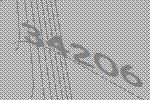
34206